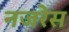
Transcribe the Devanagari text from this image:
नजरेेस